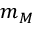
m _ { M }